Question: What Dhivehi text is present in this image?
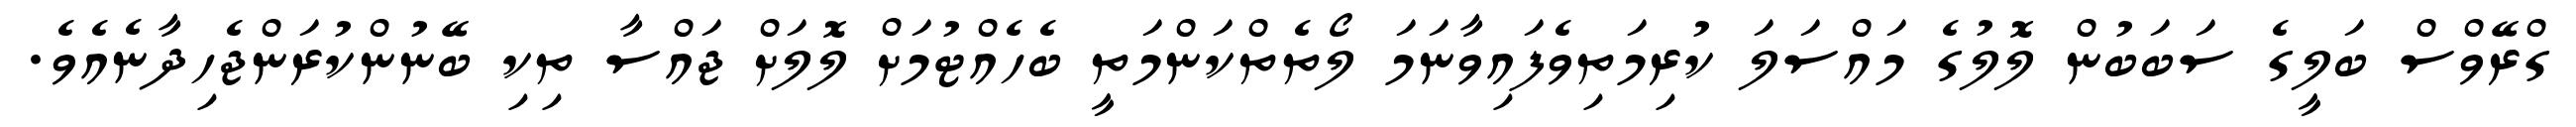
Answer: ގްރޭވްސް ބަލީގެ ސަބަބުން ލޮލުގެ މައްސަލަ ކުރިމަތިވެފައިވާނަމަ ލޯތެތްކަންމަތީ ބެހެއްޓުމަށް ލޮލަށް ޖައްސާ ތިކި ބޭނުންކުރަންޖެހިދާނެއެވެ.